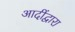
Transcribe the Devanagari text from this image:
आदींद्वारा